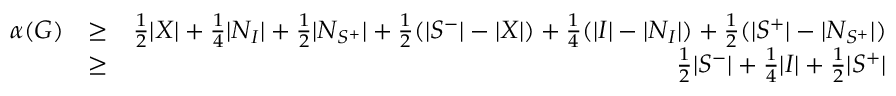
\begin{array} { r l r } { \alpha ( G ) } & { \ge } & { \frac 1 2 | X | + \frac 1 4 | N _ { I } | + \frac 1 2 | N _ { S ^ { + } } | + \frac 1 2 ( | S ^ { - } | - | X | ) + \frac 1 4 ( | I | - | N _ { I } | ) + \frac 1 2 ( | S ^ { + } | - | N _ { S ^ { + } } | ) } \\ & { \ge } & { \frac 1 2 | S ^ { - } | + \frac 1 4 | I | + \frac 1 2 | S ^ { + } | } \end{array}